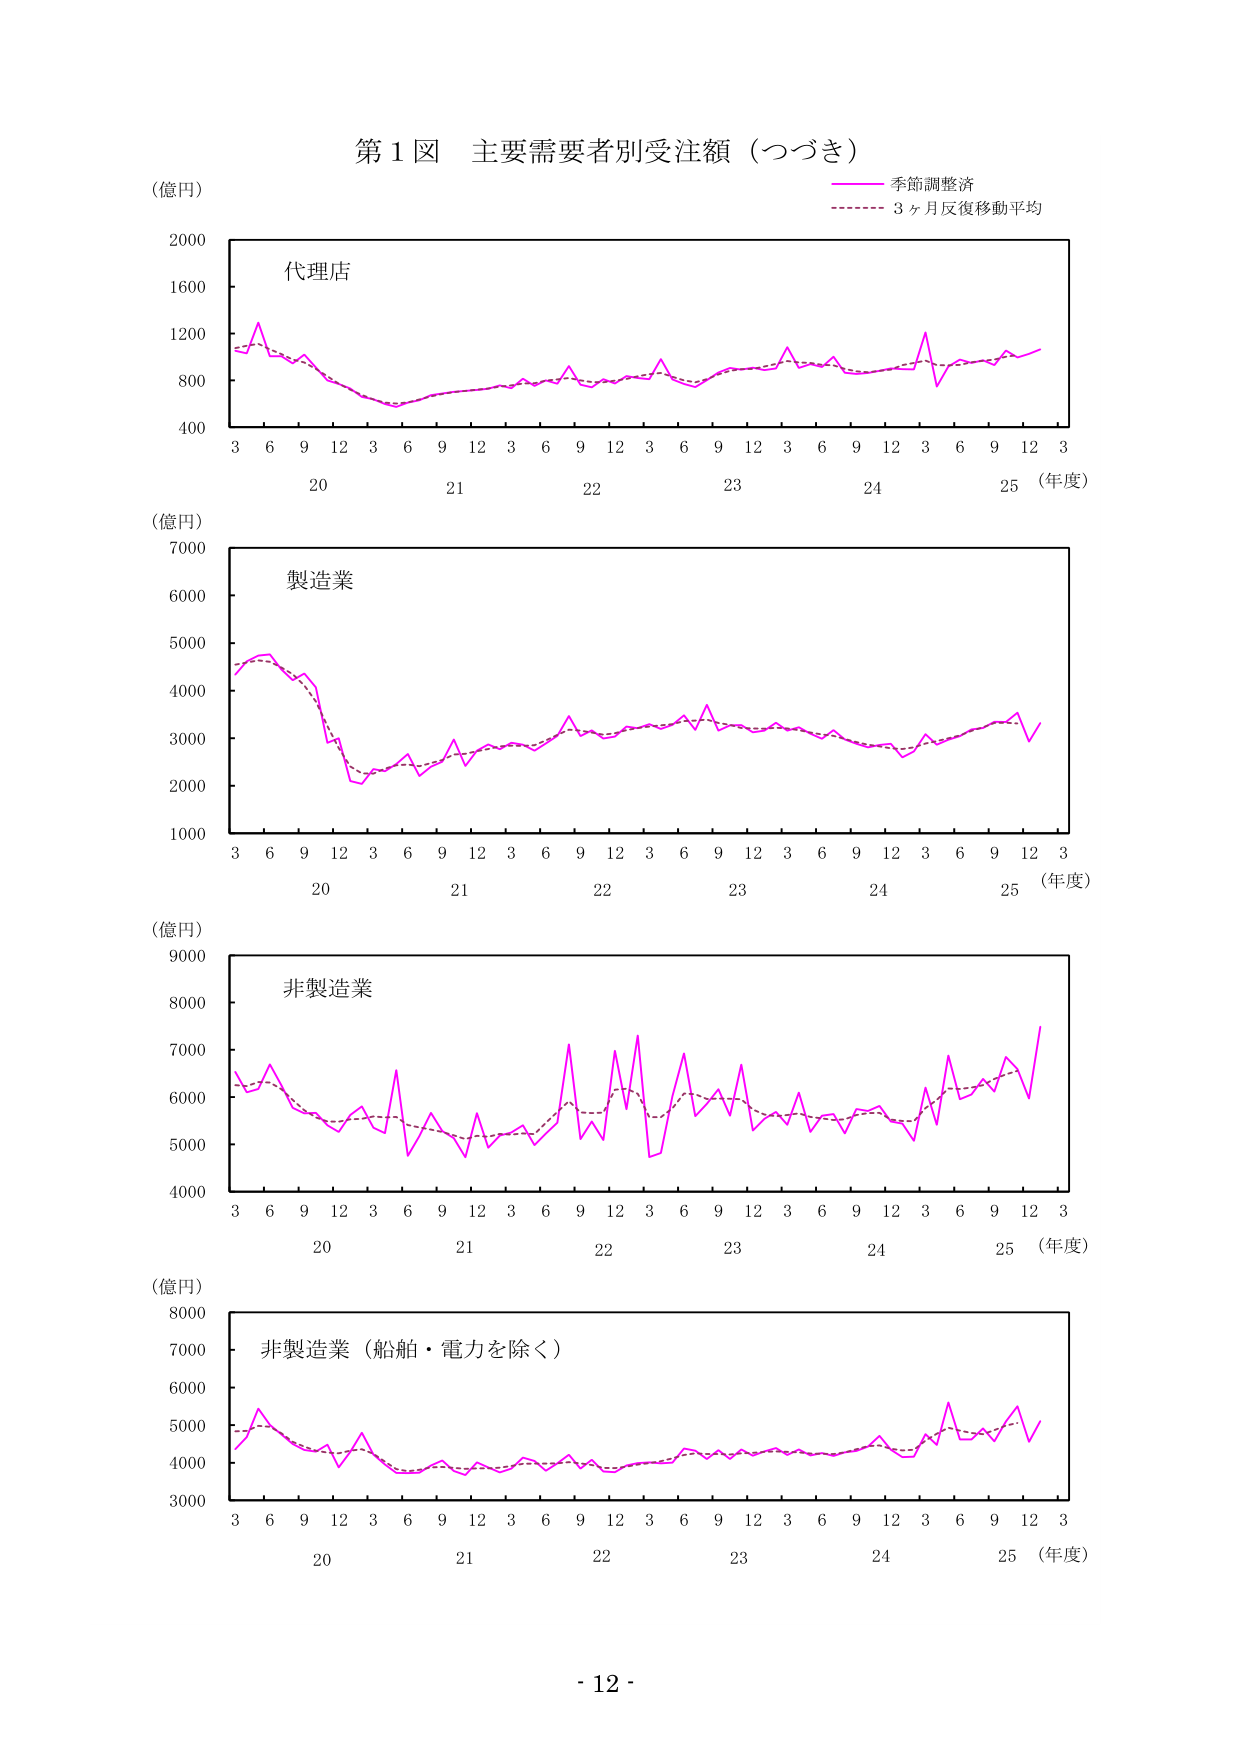
第１図 主要需要者別受注額（つづき）

（億円）

季節調整済
3ヶ月反復移動平均

代理店

2000
1600
1200
800
400

3 6 9 12 3 6 9 12 3 6 9 12 3 6 9 12 3 6 9 12 3
20 21 22 23 24 25 （年度）

（億円）

製造業

7000
6000
5000
4000
3000
2000
1000

3 6 9 12 3 6 9 12 3 6 9 12 3 6 9 12 3 6 9 12 3
20 21 22 23 24 25 （年度）

（億円）

非製造業

9000
8000
7000
6000
5000
4000

3 6 9 12 3 6 9 12 3 6 9 12 3 6 9 12 3 6 9 12 3
20 21 22 23 24 25 （年度）

（億円）

非製造業（船舶・電力を除く）

8000
7000
6000
5000
4000
3000

3 6 9 12 3 6 9 12 3 6 9 12 3 6 9 12 3 6 9 12 3
20 21 22 23 24 25 （年度）

- 12 -